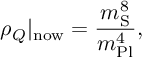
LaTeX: \rho _ { Q } \vert _ { \mathrm { n o w } } = \frac { m _ { \mathrm { S } } ^ { 8 } } { m _ { \mathrm { P l } } ^ { 4 } } ,